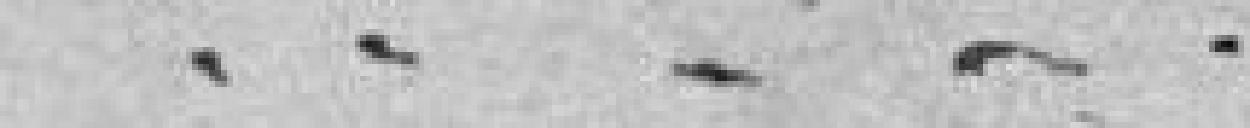
.........